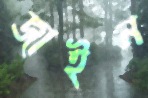
জাইন